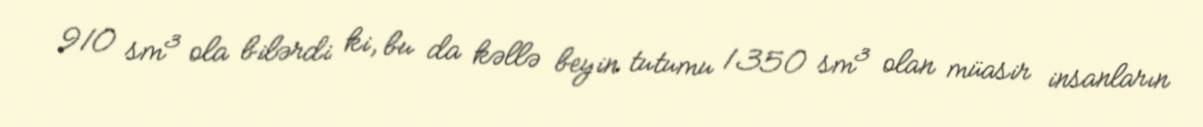
910 sm³ ola bilərdi ki, bu da kəllə beyin tutumu 1350 sm³ olan müasir insanların